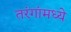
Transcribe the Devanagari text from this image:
तरंगांमध्ये